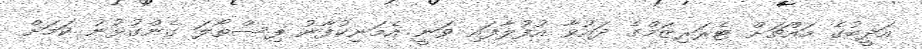
އަދީބުގެ މައްޗަށް ޓެރަރިޒަމްގެ ދައުވާ އުފުލާފައި ވަނީ އެމަނިކުފާނު ފިސްތޯލަ ގެންގުޅުނު ކަމަށް